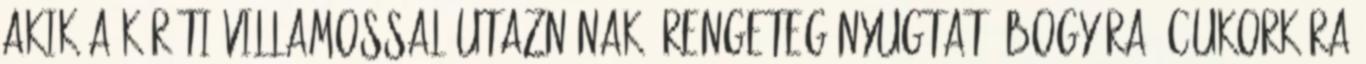
akik a körúti villamossal utaznának, rengeteg nyugtató bogyóra, cukorkára